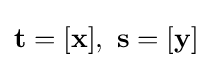
\mathbf {t} =[\mathbf {x} ],\ \mathbf {s} =[\mathbf {y} ]